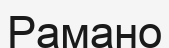
Рамано